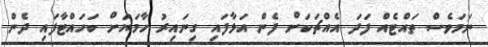
ނަމަވެސް ތައްޓެއް ފަދަ އެއްޗަކަށް ފެން އަޅާފައި ގިނައިރު ހާމަޔަށް ބަހައްޓާފައި ދެން